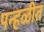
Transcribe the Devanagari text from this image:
पन्हळीत